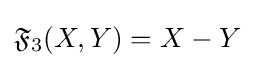
{\mathfrak {F}}_{3}(X,Y)=X-Y